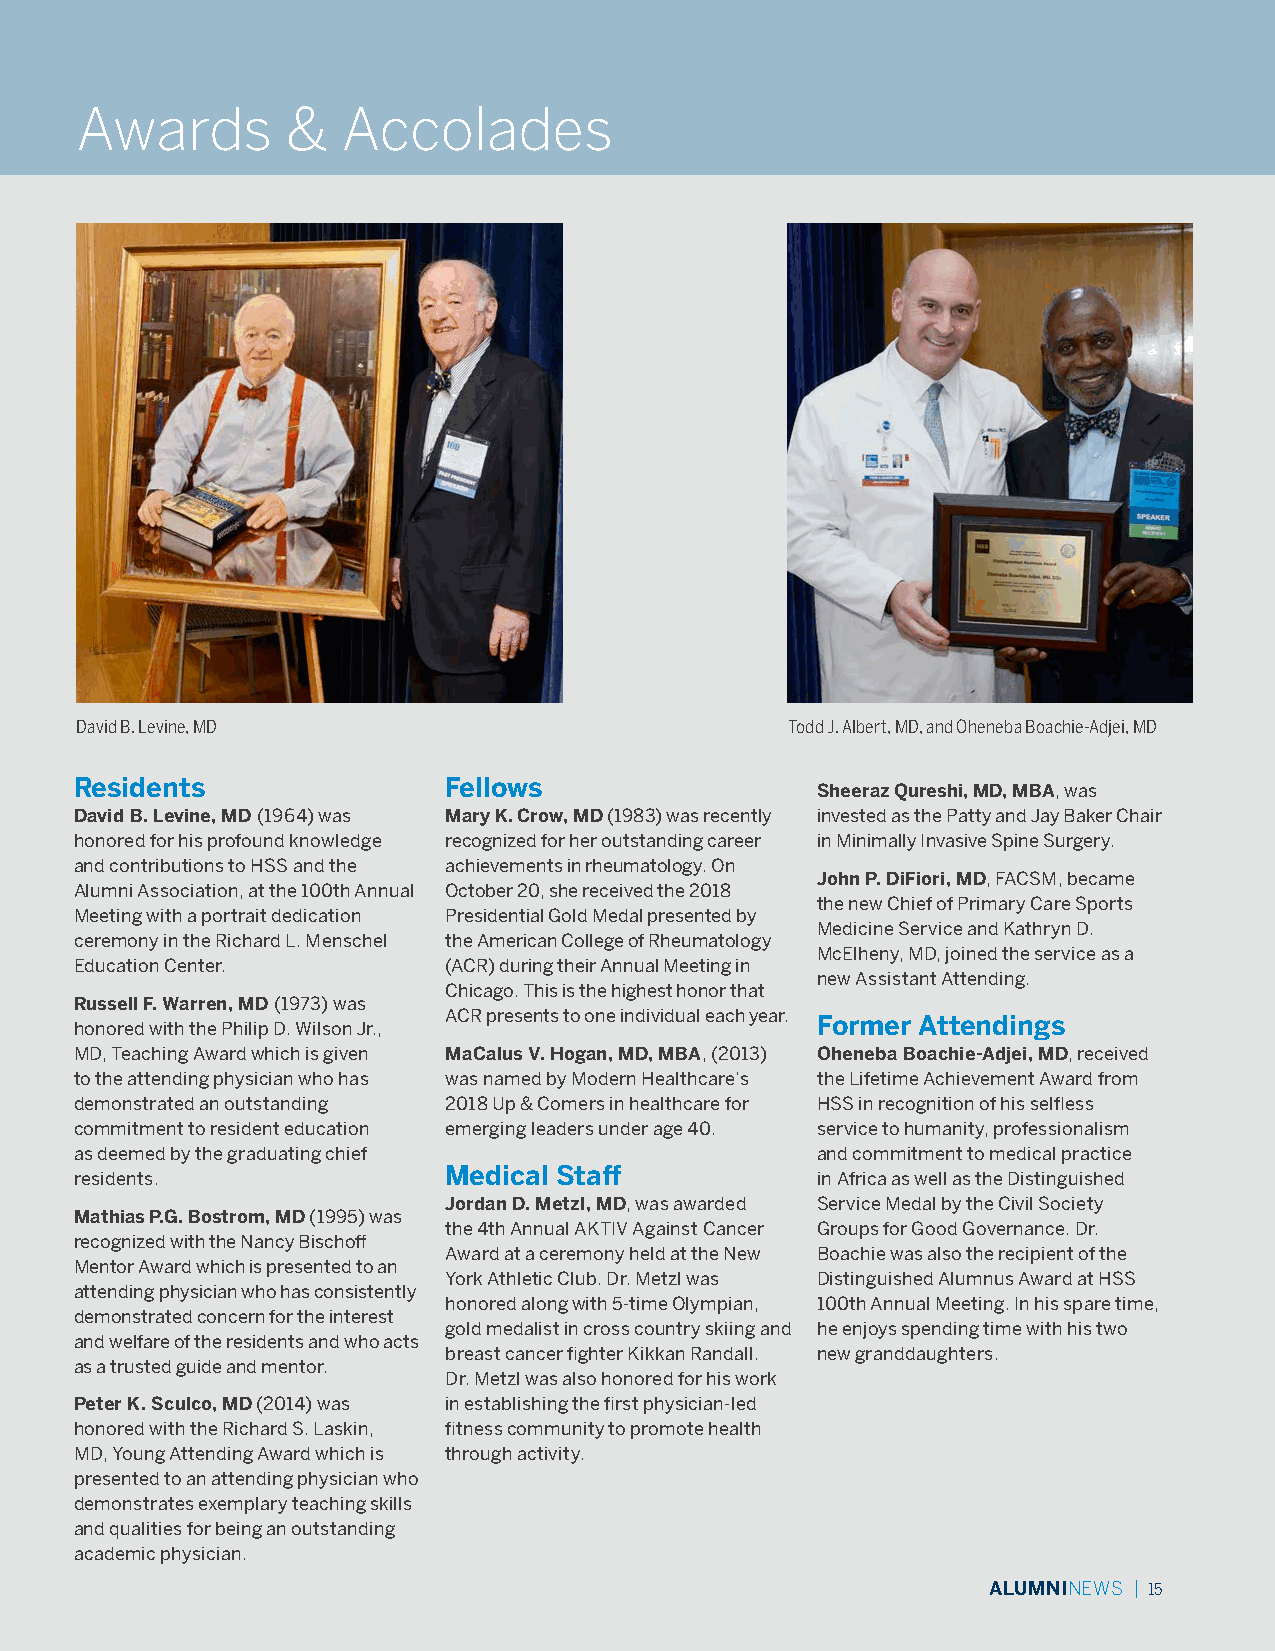
Awards        &   Accolades
 David B. Levine, MD                            Todd J. Albert, MD, and Oheneba Boachie-Adjei, MD
 Residents               Fellows                  Sheeraz Qureshi, MD, MBA, was
 David B. Levine, MD (1964) was Mary K. Crow, MD (1983) was recently invested as the Patty and Jay Baker Chair
 honored for his profound knowledge recognized for her outstanding career in Minimally Invasive Spine Surgery.
 and contributions to HSS and the achievements in rheumatology. On
 John P. DiFiori, MD, FACSM, became
 Alumni Association, at the 100th Annual October 20, she received the 2018
 the new Chief of Primary Care Sports
 Meeting with a portrait dedication Presidential Gold Medal presented by
 Medicine Service and Kathryn D.
 ceremony in the Richard L. Menschel the American College of Rheumatology
 McElheny, MD, joined the service as a
 Education Center.       (ACR) during their Annual Meeting in
 new Assistant Attending.
 Chicago. This is the highest honor that
 Russell F. Warren, MD (1973) was
 ACR presents to one individual each year.
 honored with the Philip D. Wilson Jr.,           Former Attendings
 MD, Teaching Award which is given MaCalus V. Hogan, MD, MBA, (2013) Oheneba Boachie-Adjei, MD, received
 to the attending physician who has was named by Modern Healthcare’s the Lifetime Achievement Award from
 demonstrated an outstanding 2018 Up & Comers in healthcare for HSS in recognition of his selfless
 commitment to resident education emerging leaders under age 40. service to humanity, professionalism
 as deemed by the graduating chief                and commitment to medical practice
 residents.              Medical Staff            in Africa as well as the Distinguished
 Jordan D. Metzl, MD, was awarded Service Medal by the Civil Society
 Mathias P.G. Bostrom, MD (1995) was
 the 4th Annual AKTIV Against Cancer Groups for Good Governance. Dr.
 recognized with the Nancy Bischoff
 Award at a ceremony held at the New Boachie was also the recipient of the
 Mentor Award which is presented to an
 York Athletic Club. Dr. Metzl was Distinguished Alumnus Award at HSS
 attending physician who has consistently
 honored along with 5-time Olympian, 100th Annual Meeting. In his spare time,
 demonstrated concern for the interest
 gold medalist in cross country skiing and he enjoys spending time with his two
 and welfare of the residents and who acts
 breast cancer fighter Kikkan Randall. new granddaughters.
 as a trusted guide and mentor.
 Dr. Metzl was also honored for his work
 Peter K. Sculco, MD (2014) was in establishing the first physician-led
 honored with the Richard S. Laskin, fitness community to promote health
 MD, Young Attending Award which is through activity.
 presented to an attending physician who
 demonstrates exemplary teaching skills
 and qualities for being an outstanding
 academic physician.
 ALUMNINEWS | 15